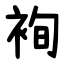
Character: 䘩